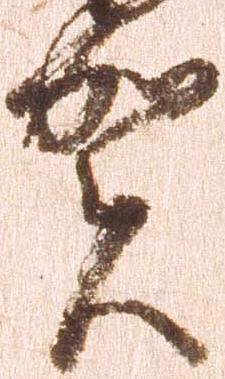
賀